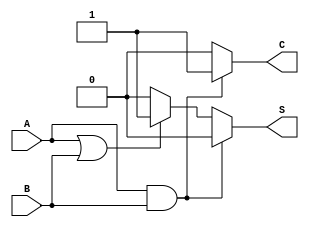
module current_mode_half_adder (
    input wire A,       // Input current source A
    input wire B,       // Input current source B
    output reg S,       // Sum output
    output reg C        // Carry output
);

// Parameters for current levels
parameter THRESHOLD = 1; // Threshold for carry detection

always @(*) begin
    // Initialize outputs
    S = 0;
    C = 0;

    // Logic for Sum (S) and Carry (C)
    if (A && B) begin
        // When both A and B are high
        S = 0; // Sum is zero (indicative of carry)
        C = 1; // Carry is high
    end else if (A || B) begin
        // When either A or B is high
        S = 1; // Sum is high
        C = 0; // Carry is low
    end else begin
        // When both A and B are low
        S = 0; // Sum is zero
        C = 0; // Carry is low
    end
end

endmodule